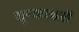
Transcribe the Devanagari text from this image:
सूरकाक्षरों